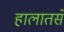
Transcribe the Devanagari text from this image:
हालातसे